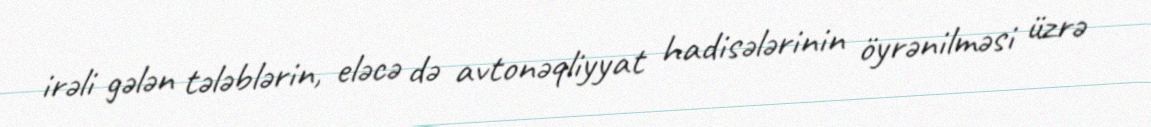
irəli gələn tələblərin, eləcə də avtonəqliyyat hadisələrinin öyrənilməsi üzrə